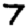
Digit: 7